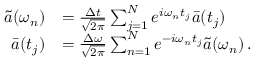
\begin{array} { r l } { \tilde { a } ( \omega _ { n } ) } & { = \frac { \Delta t } { \sqrt { 2 \pi } } \sum _ { j = 1 } ^ { N } e ^ { i \omega _ { n } t _ { j } } \bar { a } ( t _ { j } ) \, } \\ { \bar { a } ( t _ { j } ) } & { = \frac { \Delta \omega } { \sqrt { 2 \pi } } \sum _ { n = 1 } ^ { N } e ^ { - i \omega _ { n } t _ { j } } \tilde { a } ( \omega _ { n } ) \, . } \end{array}